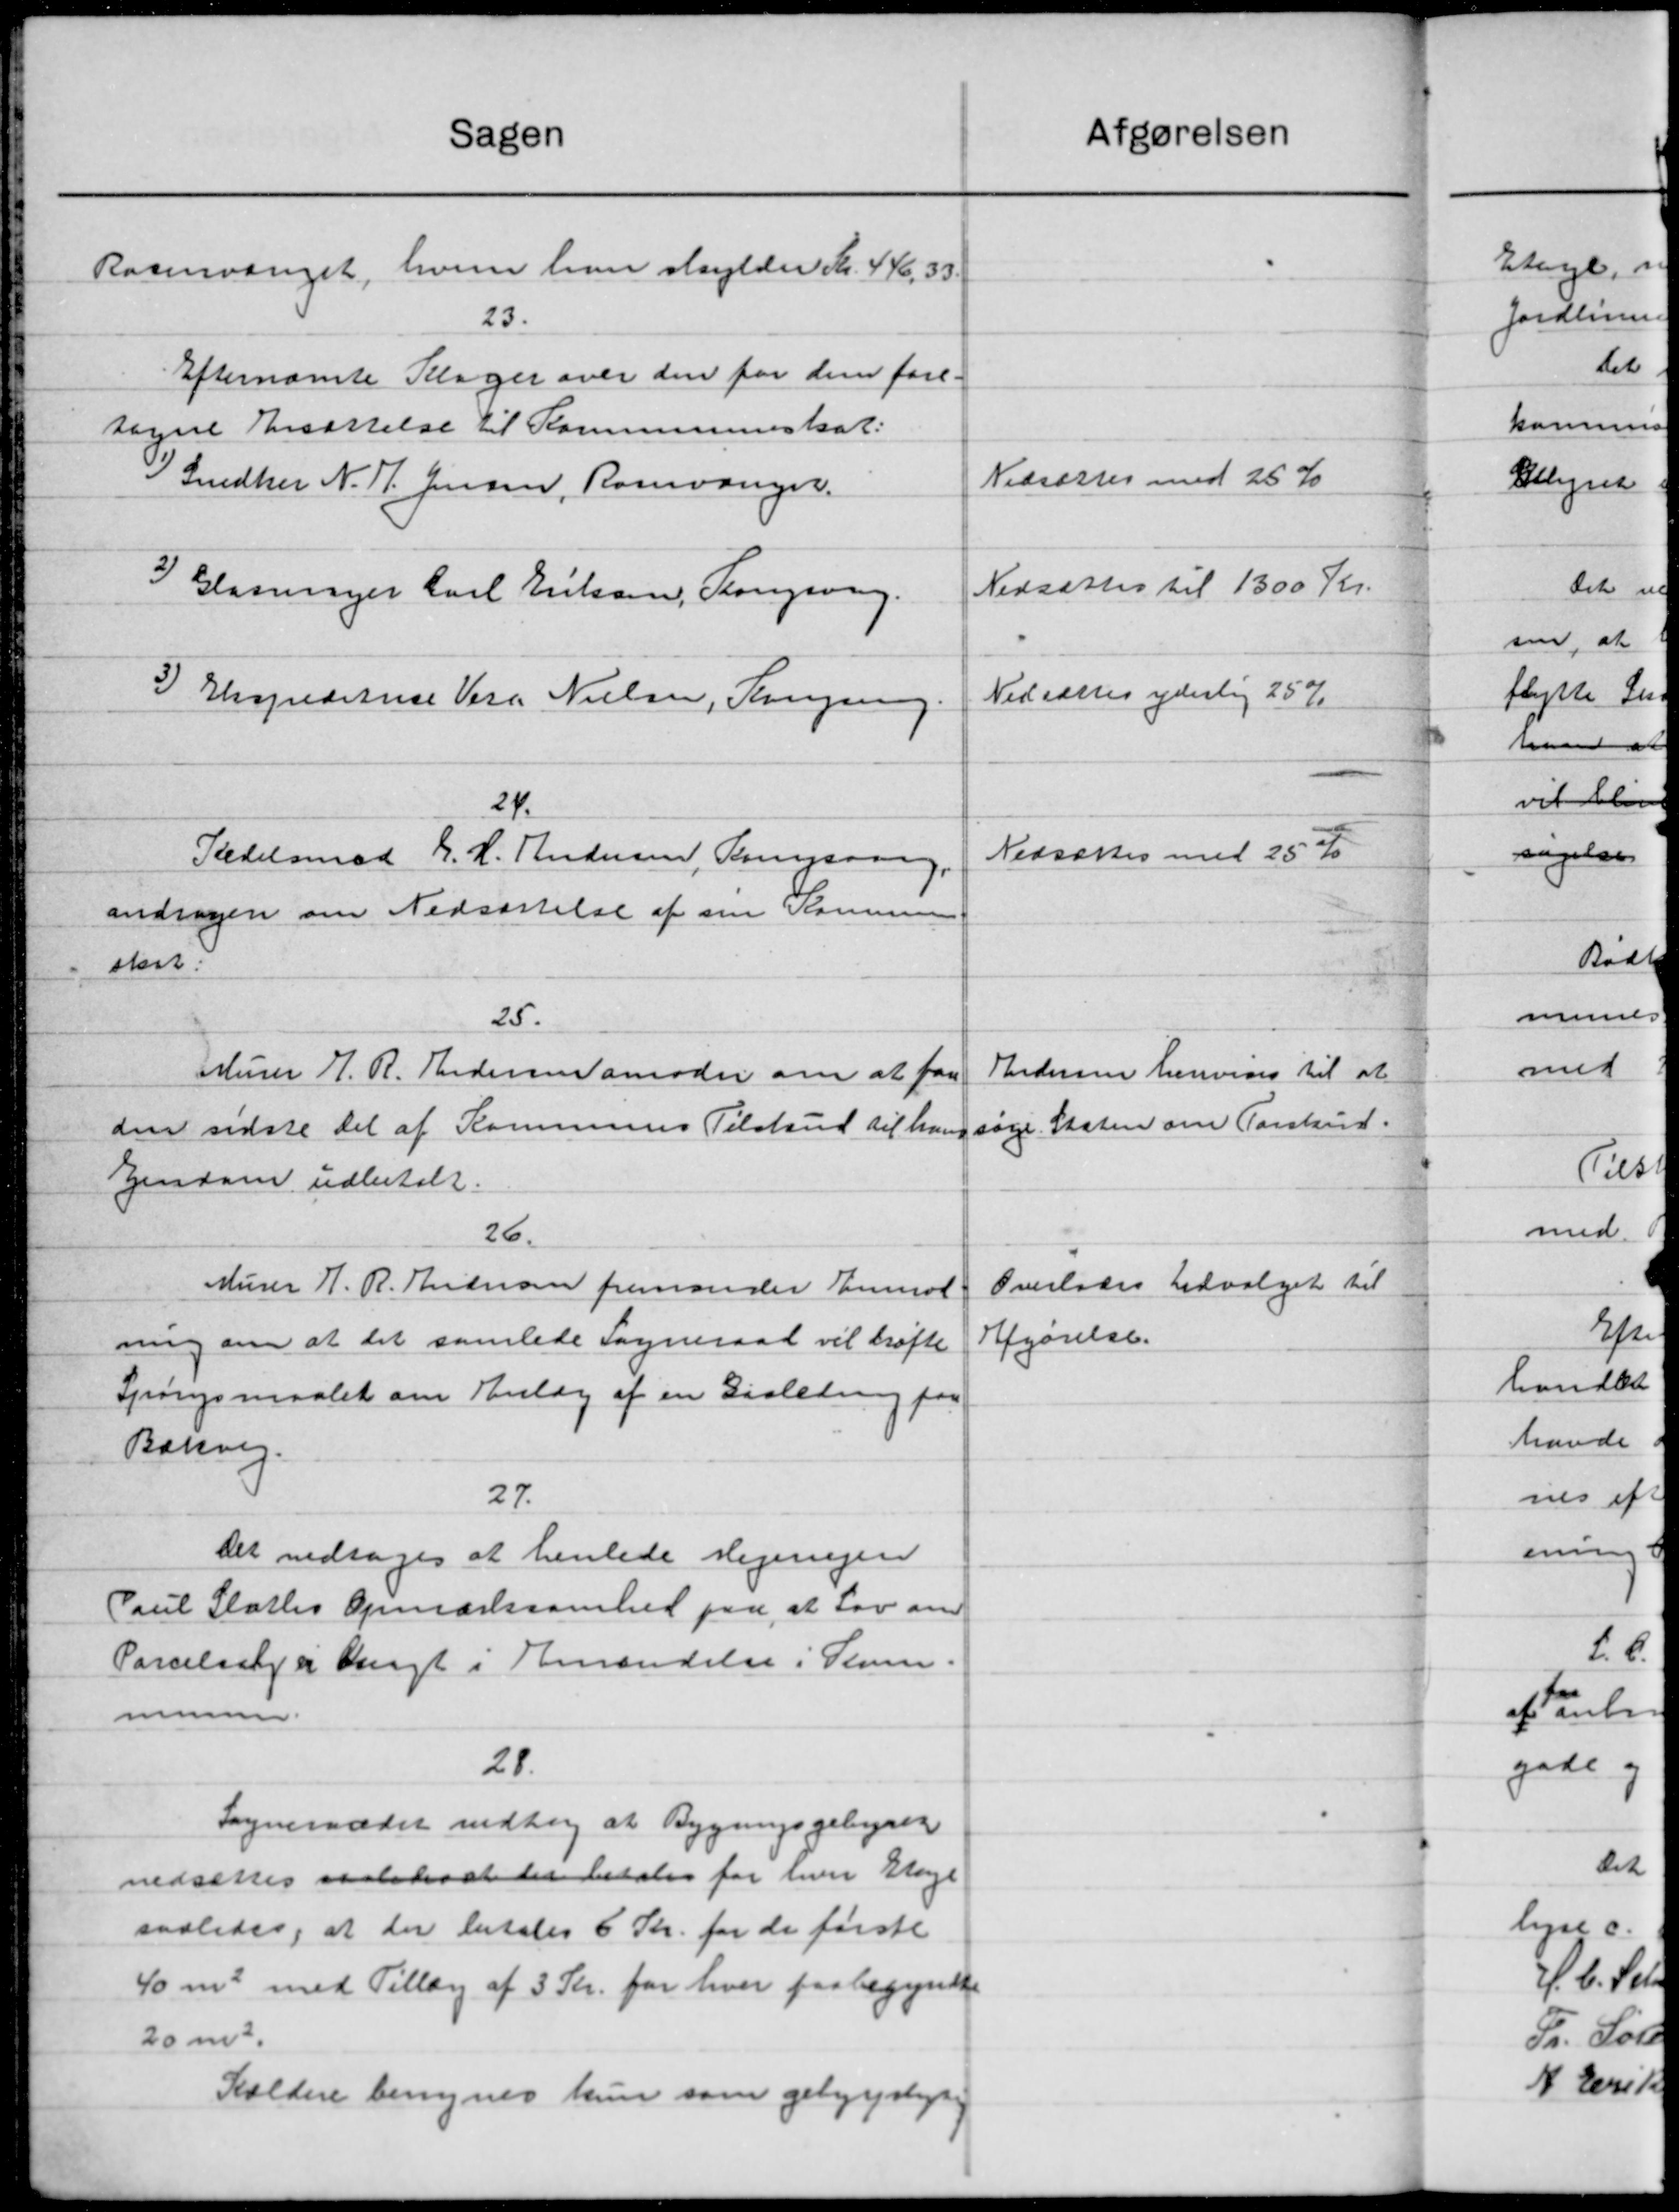
Transskription:
Afgørelsen
Sagen
Rasmusenet, hvem han skylder Kr. 446. 33.
23.
Efternævnte Klager over den for den fore
regne Ansættelse til Kommuneskat.
Nedsættes med 25 %
1) Snedker N. P. Jensen, Rosvanger.
Nedsættes til 1300 Kr.
3) Glasinger Carl Eriksen, Kongsvag
Nedsættes yderlig 25 %
3) Ekspeditrice Vers Nielsen, Tangsing.
24.
Nedsættes med 25 %
Stedelsmad J. H. Andersen, Tingsvang
andrager om Nedsættelse af sin Kommunen
skort.
25.
Murer J. R. Andersen anmoder om at faa
Andersen henvises til at
den sidste del af Kommunes Tilskud til han søge Staten om Forskud.
Ejendom udbetalt
26.
Overlades Udvalget til
Murer J. R. Thiesen fremander anmod
Afgørelse.
ning om at det samlede Sogneraad vil drøfte
Spørgsmaalet om Henlæg af en Gisledning paa
Barvig.
27.
Det vedtoges at henlede Hegerigen
Paul Skattes Opmærksomhed paa, at Lov om
Parcelse i rigt i Emandelse i Stum.
munen
28.
Sogneraadet vedtog at Bygningsgebyrer
nedsættes saaledes at der betales for hver Klage
saaledes, at der betales 6 Kr. for de første
40 m3 med Tillæg af 3 Kr. for hver paabegyndte
20 m3
Sældere bemynes kun som gebyggeligt